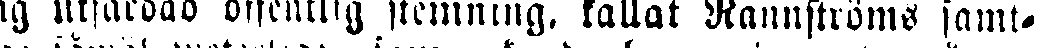
dag utfärdad offentlig stemning, kallat Rannströms samt-